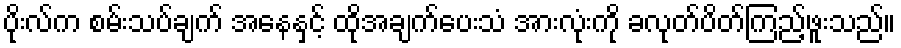
ပိုးလ်က စမ်းသပ်ချက် အနေနှင့် ထိုအချက်ပေးသံ အားလုံးကို ခလုတ်ပိတ်ကြည့်ဖူးသည်။